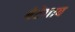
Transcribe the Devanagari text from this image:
बेटेगाव